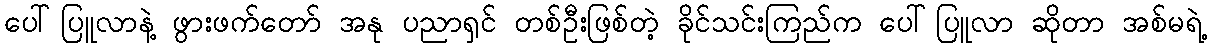
ပေါ်ပြူလာနဲ့ ဖွားဖက်တော် အနု ပညာရှင် တစ်ဦးဖြစ်တဲ့ ခိုင်သင်းကြည်က ပေါ်ပြူလာ ဆိုတာ အစ်မရဲ့